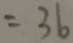
= 3 6